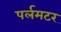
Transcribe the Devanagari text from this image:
पर्लमटर